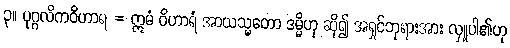
၃။ ပုဂ္ဂလိကဝိဟာရ = ဣမံ ဝိဟာရံ အာယသ္မတော ဒမ္မိဟု ဆို၍ အရှင်ဘုရားအား လှူပါ၏ဟု